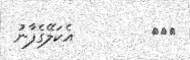
١١٠         އެކަލޭގެފާނު